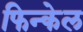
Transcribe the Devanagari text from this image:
फिन्केल